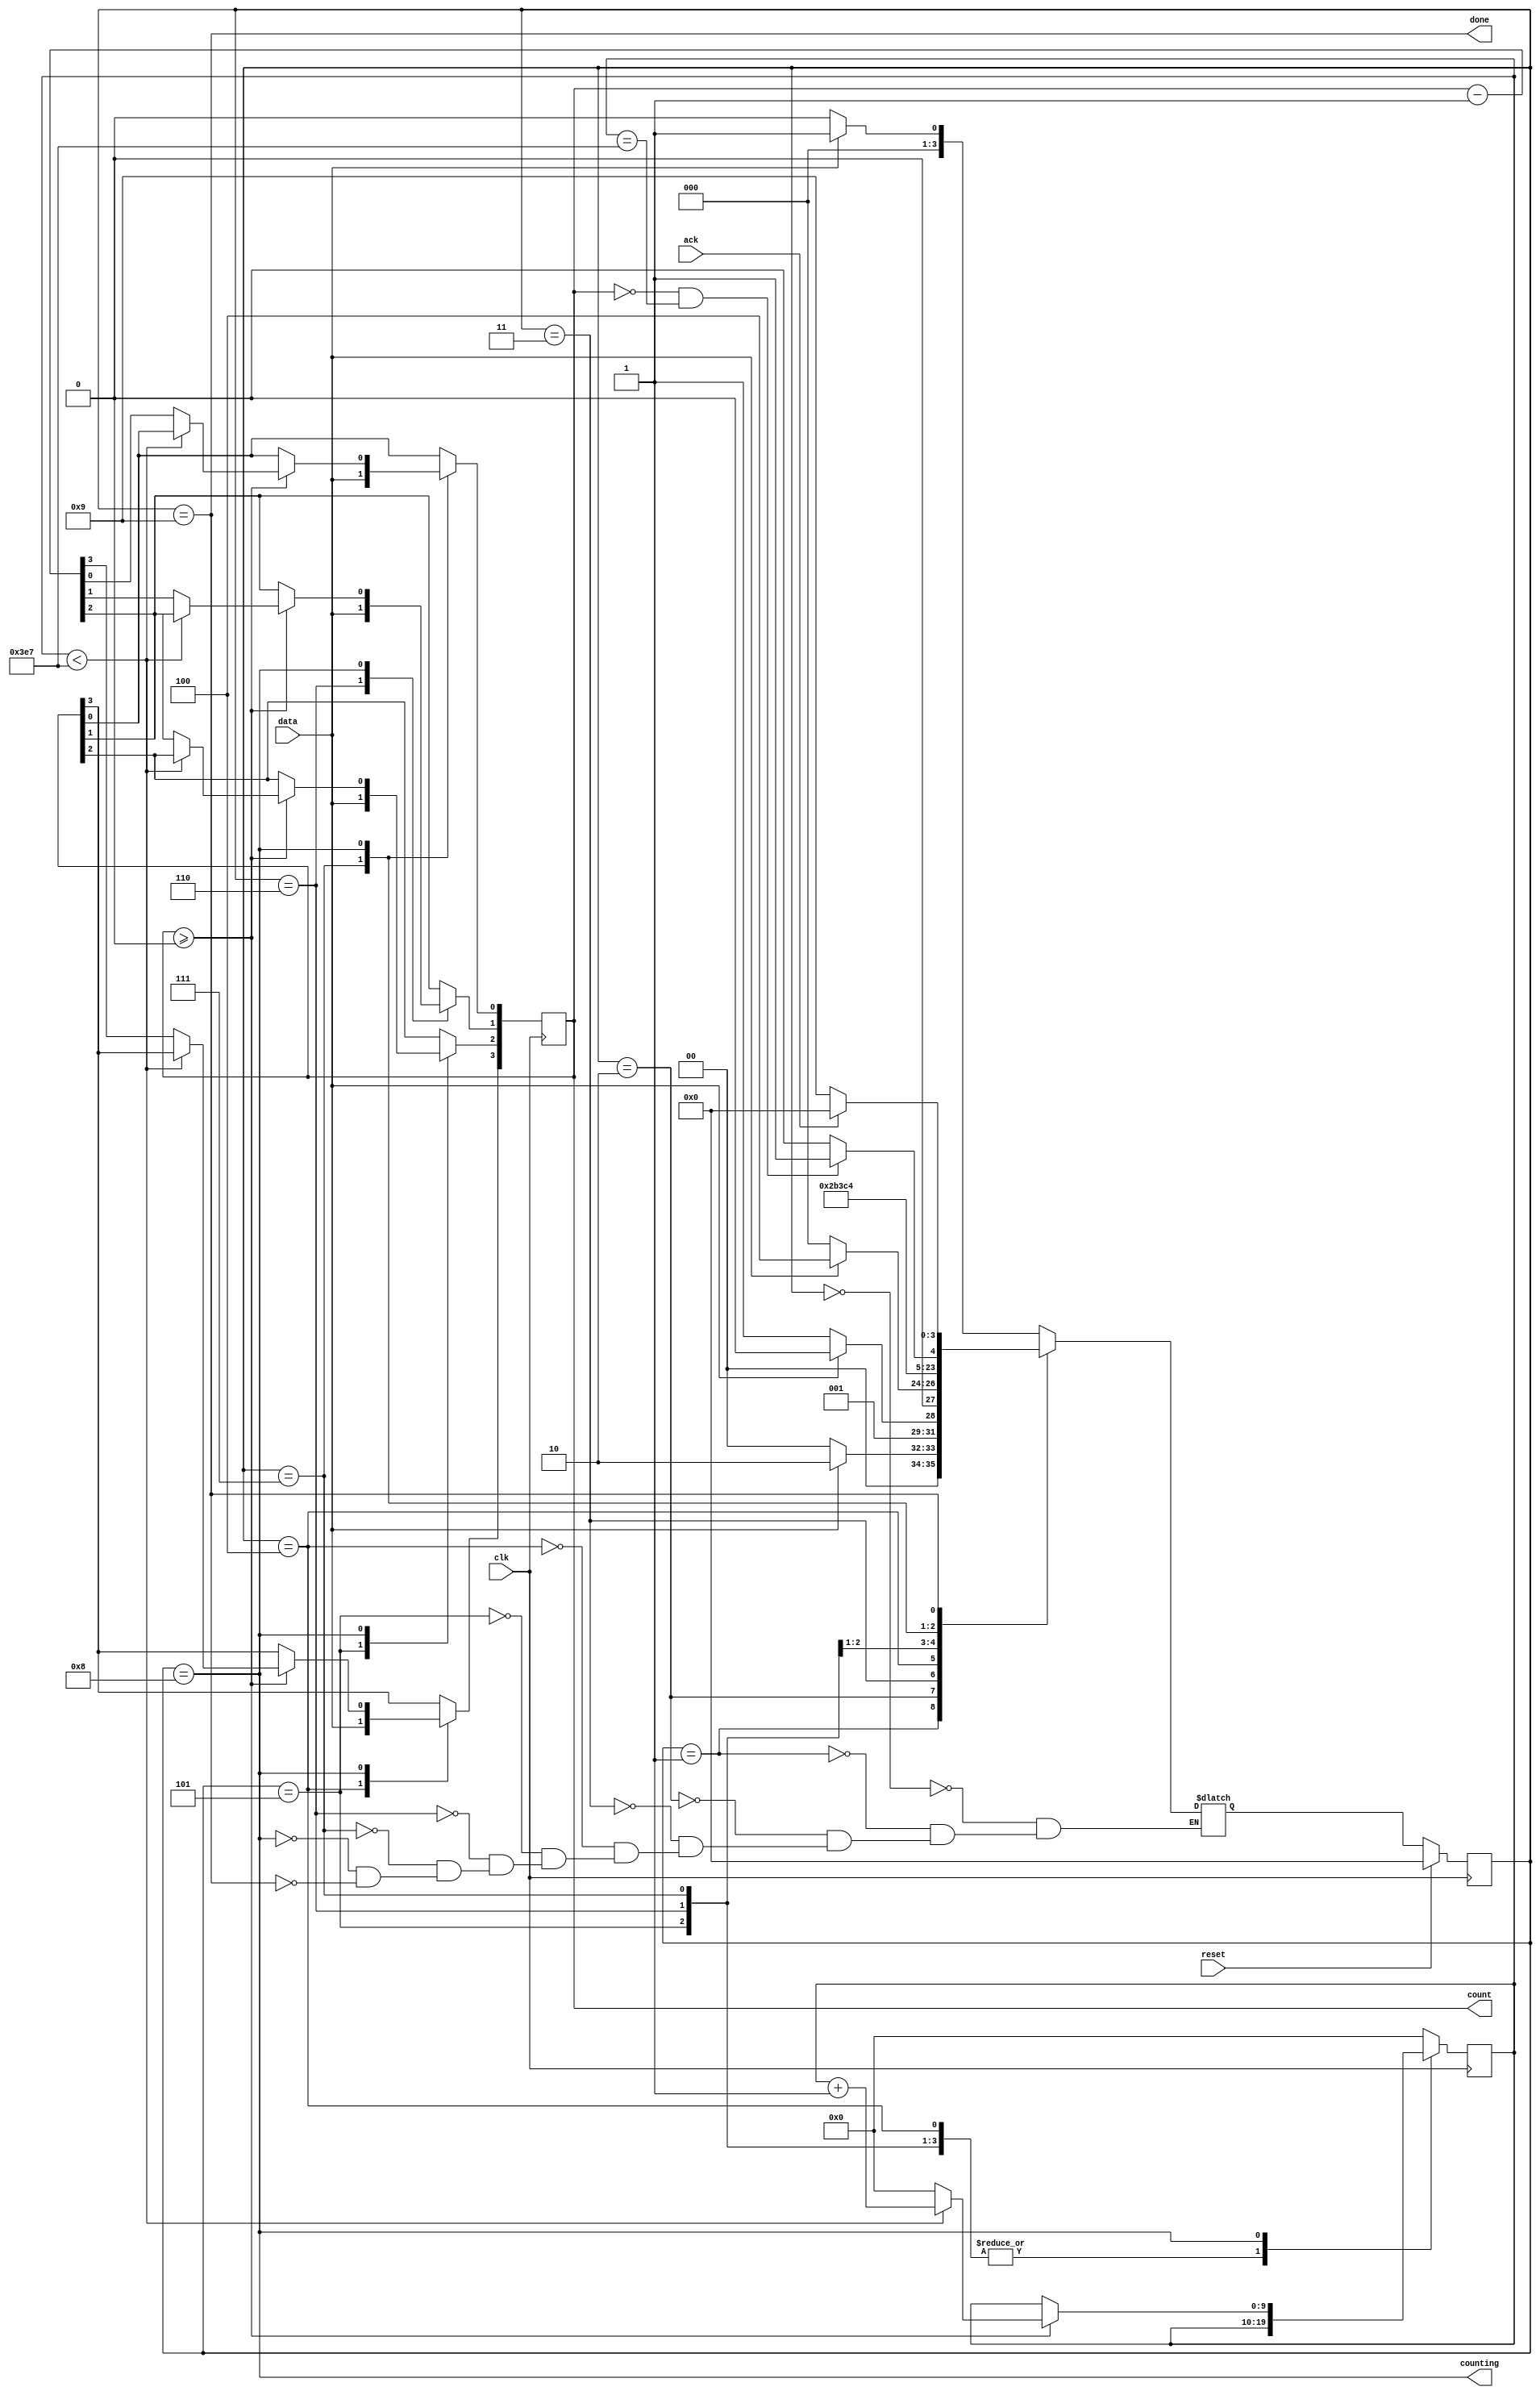
module top_module (
    input clk,
    input reset,      // Synchronous reset
    input data,
    output [3:0] count,
    output counting,
    output done,
    input ack );

	localparam [3:0] IDLE	= 0,
					 S1		= 1,
					 S11	= 2,
					 S110	= 3,
					 S1101	= 4,	//'S1101' and 'SHIFT0' can be regarded as one state.
					 SHIFT1 = 5,
					 SHIFT2 = 6,
					 SHIFT3 = 7,
					 COUNT  = 8,
					 DONE   = 9; 
	
	reg [3:0] state, next;
	reg [9:0] count_1000; 

	always @(*) begin
		case (state) 
			IDLE  : next = (data) ? S1    : IDLE;
			S1    : next = (data) ? S11   : IDLE;
			S11   : next = (data) ? S11   : S110;
			S110  : next = (data) ? S1101 : IDLE;
			S1101 : next = SHIFT1;
			SHIFT1: next = SHIFT2;
			SHIFT2: next = SHIFT3;
			SHIFT3: next = COUNT;
			COUNT : next = (count == 0 & count_1000 == 999) ? DONE : COUNT;
			DONE  : next = (ack) ? IDLE : DONE;			
		endcase
	end

	//state transition
	always @(posedge clk) begin
		if (reset) state <= IDLE;
		else state <= next;
	end

	//shift in and then down count.
	always @(posedge clk) begin
		case (state) 
			S1101 : count[3] <= data;
			SHIFT1: count[2] <= data;
			SHIFT2: count[1] <= data;
			SHIFT3: count[0] <= data;
			COUNT : begin
				if (count >= 0) begin
					if (count_1000 < 999) 
						count_1000 <= count_1000 + 1;
					else begin
						count <= count - 1;
						count_1000 <= 0;
					end
				end
			end
			default : count_1000 <= 0;
		endcase
	end

	assign counting = (state == COUNT);
	assign done = (state == DONE);


endmodule